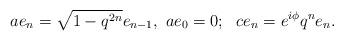
LaTeX: \begin{align*}ae_{n} = \sqrt{1-q^{2n}} e_{n-1},~ae_{0}=0;~~ce_n = e^{i\phi} q^n e_n.\end{align*}